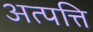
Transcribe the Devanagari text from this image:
अत्पत्ति